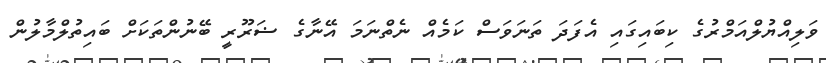
ވަލިއްޔުލްއަމްރުގެ ކިބައިގައި އެފަދަ ތަނަވަސް ކަމެއް ނެތްނަމަ އޭނާގެ ޟަރޫރީ ބޭނުންތަކަށް ބައިތުލްމާލުން